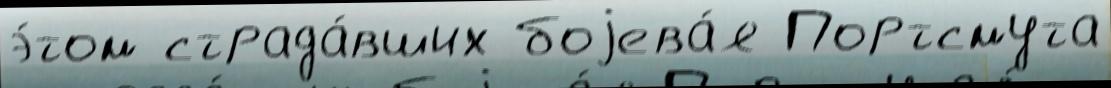
э́том страда́вших боjева́я Портсмута